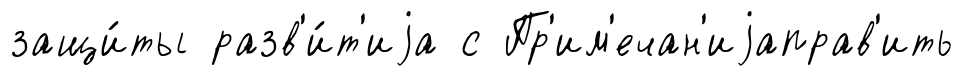
защи́ты разв'и́т'иjа с Пр'им'ечан'иjаправ'ить